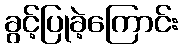
ခွင့်ပြုခဲ့ကြောင်း